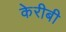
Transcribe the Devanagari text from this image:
केरीबी